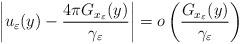
LaTeX: \begin{align*}\left|u_\varepsilon(y)-\frac{4\pi G_{x_\varepsilon}(y)}{\gamma_\varepsilon} \right|=o\left(\frac{G_{x_\varepsilon}(y)}{\gamma_\varepsilon}\right)\end{align*}